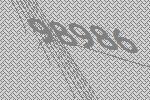
98986